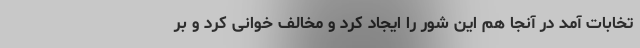
تخابات آمد در آنجا هم این شور را ایجاد کرد و مخالف خوانی کرد و بر